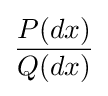
{\frac {P(dx)}{Q(dx)}}